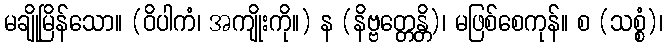
မချိုမြိန်သော။ (ဝိပါကံ၊ အကျိုးကို။) န (နိဗ္ဗတ္တေန္တိ)၊ မဖြစ်စေကုန်။ စ (သစ္စံ)၊